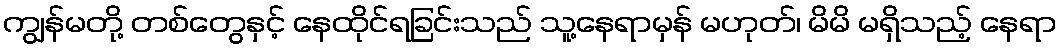
ကျွန်မတို့ တစ်တွေနှင့် နေထိုင်ရခြင်းသည် သူ့နေရာမှန် မဟုတ်၊ မိမိ မရှိသည့် နေရာ